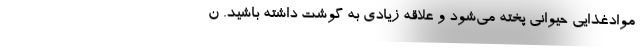
موادغذایی حیوانی پخته می‌شود و علاقه زیادی به گوشت داشته باشید. ن